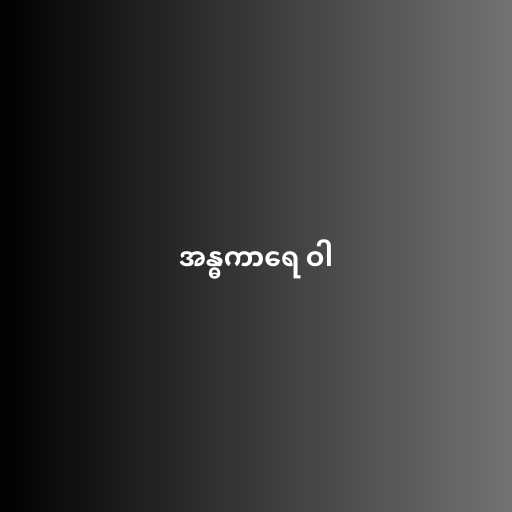
အန္ဓကာရေ ဝါ